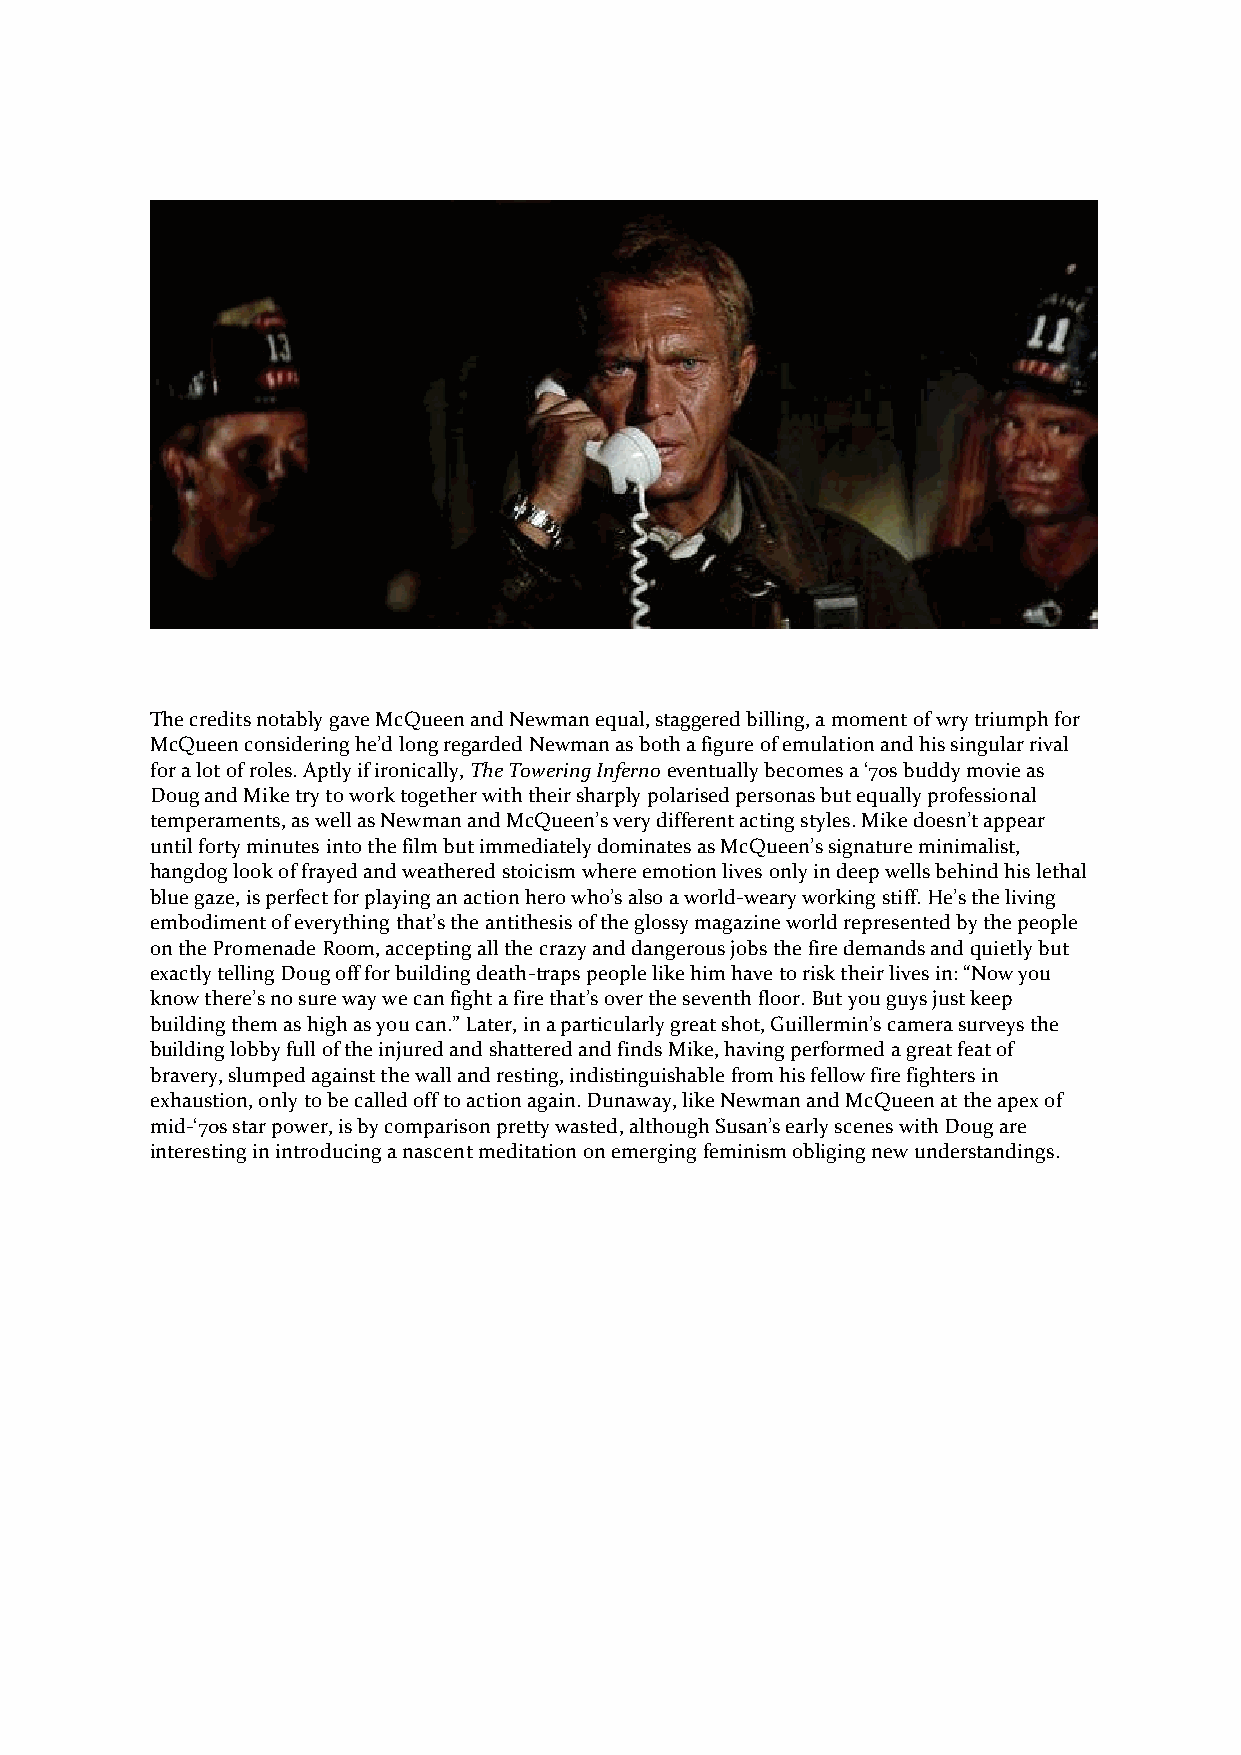
The credits notably gave McQueen and Newman equal, staggered billing, a moment of wry triumph for
 McQueen considering he’d long regarded Newman as both a figure of emulation and his singular rival
 for a lot of roles. Aptly if ironically, The Towering Inferno eventually becomes a ‘70s buddy movie as
 Doug and Mike try to work together with their sharply polarised personas but equally professional
 temperaments, as well as Newman and McQueen’s very different acting styles. Mike doesn’t appear
 until forty minutes into the film but immediately dominates as McQueen’s signature minimalist,
 hangdog look of frayed and weathered stoicism where emotion lives only in deep wells behind his lethal
 blue gaze, is perfect for playing an action hero who’s also a world-weary working stiff. He’s the living
 embodiment of everything that’s the antithesis of the glossy magazine world represented by the people
 on the Promenade Room, accepting all the crazy and dangerous jobs the fire demands and quietly but
 exactly telling Doug off for building death-traps people like him have to risk their lives in: “Now you
 know there’s no sure way we can fight a fire that’s over the seventh floor. But you guys just keep
 building them as high as you can.” Later, in a particularly great shot, Guillermin’s camera surveys the
 building lobby full of the injured and shattered and finds Mike, having performed a great feat of
 bravery, slumped against the wall and resting, indistinguishable from his fellow fire fighters in
 exhaustion, only to be called off to action again. Dunaway, like Newman and McQueen at the apex of
 mid-‘70s star power, is by comparison pretty wasted, although Susan’s early scenes with Doug are
 interesting in introducing a nascent meditation on emerging feminism obliging new understandings.